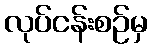
လုပ်ငန်းစဉ်မှ